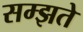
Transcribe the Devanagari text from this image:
सम्झते